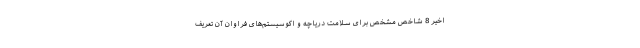
اخیر 8 شاخص مشخص برای سلامت دریاچه و اکوسیستم‌های فراوان آن تعریف